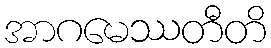
အာဂမေဿတီတိ